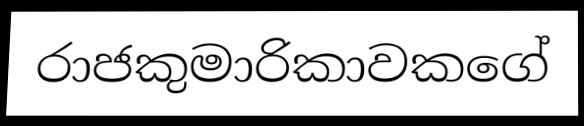
රාජකුමාරිකාවකගේ